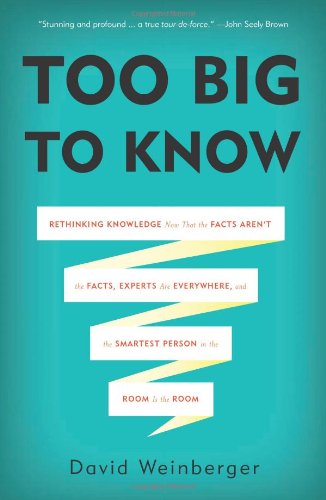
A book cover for Too Big to Know: Rethinking Knowledge Now That the Facts Aren't the Facts, Experts Are Everywhere, and the Smartest Person in the Room Is the Room; David Weinberger; Politics & Social Sciences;